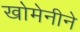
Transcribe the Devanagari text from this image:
खोमेनीने